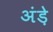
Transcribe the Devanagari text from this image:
अंड़े